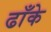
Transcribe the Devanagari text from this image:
ढाँके